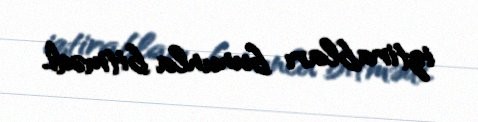
iztirabları bununla bitmədi.